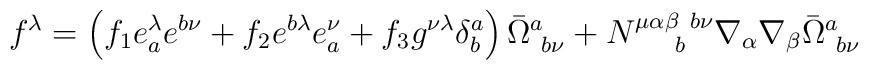
f^\lambda = \left(f_1 e_a^\lambda e^{b \nu}+  f_2 e^{b \lambda} e^\nu_a+ f_3 g^{\nu \lambda} \delta^a_b \right)\bar{\Omega}^a_{~b \nu}+ N^{\mu \alpha \beta ~ b \nu}_{~~~~b}\nabla_\alpha \nabla_\beta \bar{\Omega}^a_{~b \nu}